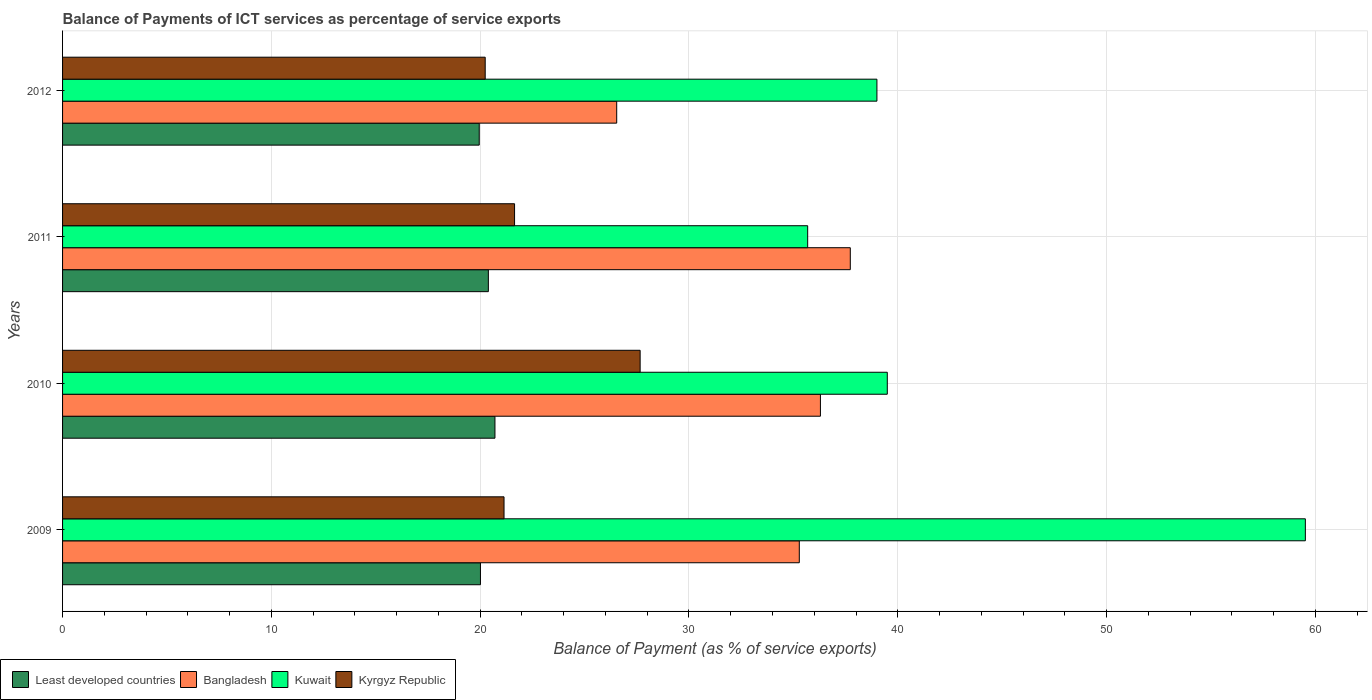
| Years | Least developed countries | Bangladesh | Kuwait | Kyrgyz Republic |
 | --- | --- | --- | --- | --- |
 | 2009 | 20 | 35.3 | 59.5 | 21.1 |
 | 2010 | 20.7 | 36.3 | 39.5 | 27.7 |
 | 2011 | 20.4 | 37.7 | 35.7 | 21.6 |
 | 2012 | 20 | 26.5 | 39 | 20.2 |